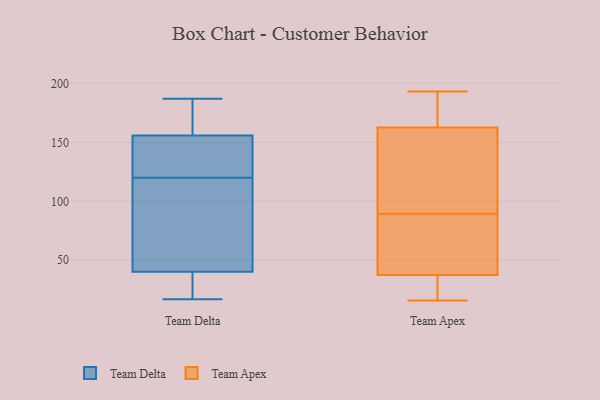
{"axis": {"x": "Headcount", "y": "Value"}, "legend": ["Team Apex", "Team Delta"], "data": [{"x": "", "y": 120, "type": "Team Delta"}, {"x": "", "y": 47, "type": "Team Delta"}, {"x": "", "y": 21, "type": "Team Delta"}, {"x": "", "y": 38, "type": "Team Delta"}, {"x": "", "y": 125, "type": "Team Delta"}, {"x": "", "y": 167, "type": "Team Delta"}, {"x": "", "y": 91, "type": "Team Delta"}, {"x": "", "y": 17, "type": "Team Delta"}, {"x": "", "y": 134, "type": "Team Delta"}, {"x": "", "y": 174, "type": "Team Delta"}, {"x": "", "y": 187, "type": "Team Delta"}, {"x": "", "y": 128, "type": "Team Delta"}, {"x": "", "y": 19, "type": "Team Delta"}, {"x": "", "y": 115, "type": "Team Delta"}, {"x": "", "y": 163, "type": "Team Delta"}, {"x": "", "y": 193, "type": "Team Apex"}, {"x": "", "y": 80, "type": "Team Apex"}, {"x": "", "y": 86, "type": "Team Apex"}, {"x": "", "y": 16, "type": "Team Apex"}, {"x": "", "y": 31, "type": "Team Apex"}, {"x": "", "y": 192, "type": "Team Apex"}, {"x": "", "y": 150, "type": "Team Apex"}, {"x": "", "y": 164, "type": "Team Apex"}, {"x": "", "y": 112, "type": "Team Apex"}, {"x": "", "y": 161, "type": "Team Apex"}, {"x": "", "y": 87, "type": "Team Apex"}, {"x": "", "y": 40, "type": "Team Apex"}, {"x": "", "y": 35, "type": "Team Apex"}, {"x": "", "y": 34, "type": "Team Apex"}, {"x": "", "y": 164, "type": "Team Apex"}, {"x": "", "y": 123, "type": "Team Apex"}, {"x": "", "y": 174, "type": "Team Apex"}, {"x": "", "y": 47, "type": "Team Apex"}, {"x": "", "y": 24, "type": "Team Apex"}, {"x": "", "y": 92, "type": "Team Apex"}]}